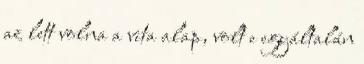
az lett volna a vita alap, volt e egyáltalán